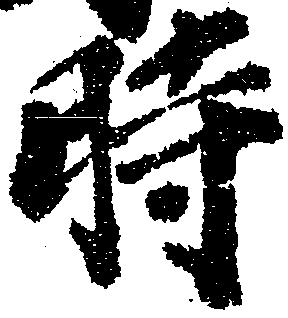
時